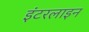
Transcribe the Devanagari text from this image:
इंटरलाइन